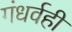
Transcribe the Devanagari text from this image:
गंधर्वही